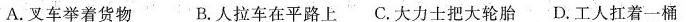
A.叉车举着货物 B.人拉车在平路上 C.大力士把大轮胎 D.工人扛着一桶